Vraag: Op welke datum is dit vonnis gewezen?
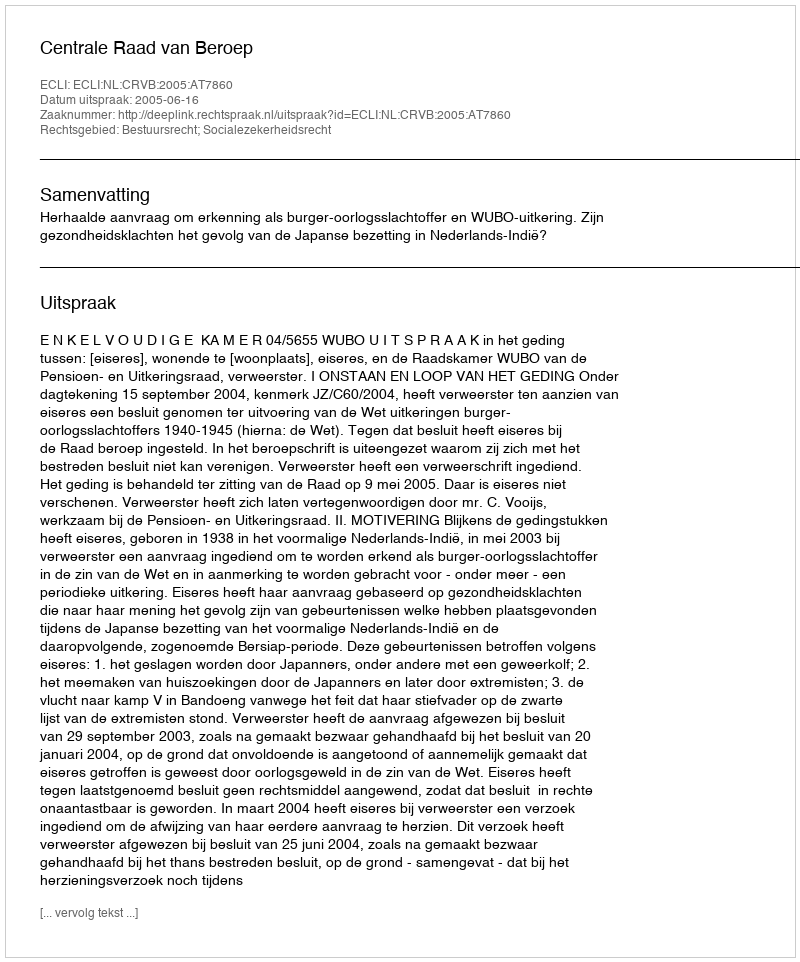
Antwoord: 2005-06-16